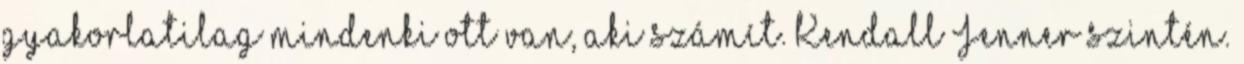
gyakorlatilag mindenki ott van, aki számít. Kendall Jenner szintén.